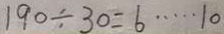
1 9 0 \div 3 0 = 6 \cdots 1 0